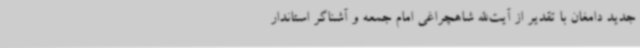
جدید دامغان با تقدیر از آیت‌الله شاهچراغی امام جمعه و آشناگر استاندار